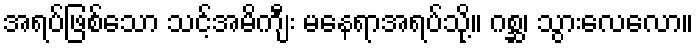
အရပ်ဖြစ်သော သင့်အမိကျီး မနေရာအရပ်သို့။ ဂစ္ဆ၊ သွားလေလော။